Annual report of the Punjab Veterinary College and of the Civil Veterinary Department, Punjab - 1926-1932
Year: 1926
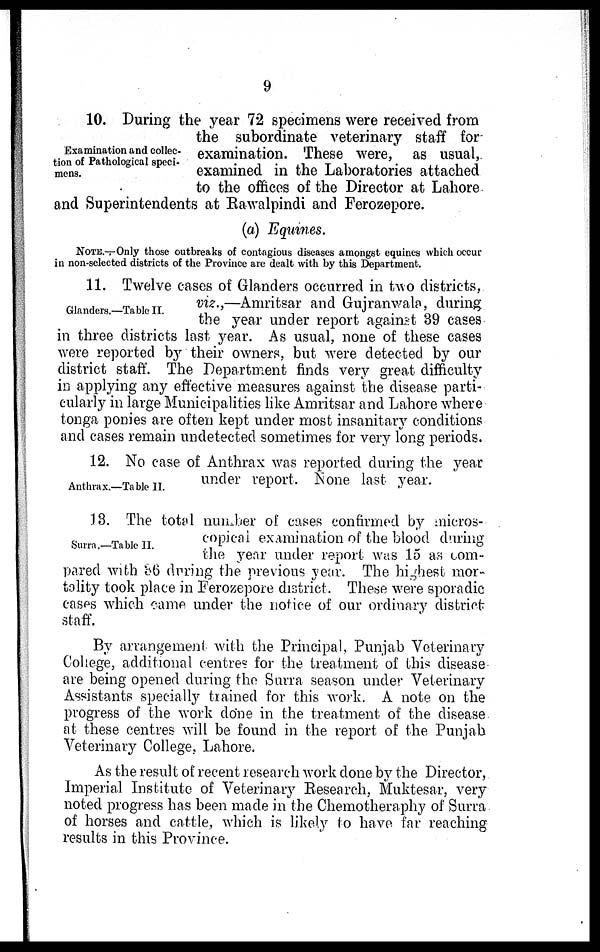
9
Examination and collec-
tion of Pathological speci-
mens.
10. During the year 72 specimens were received from
the subordinate veterinary staff for
examination. These were, as usual,
examined in the Laboratories attached
to the offices of the Director at Lahore
and Superintendents at Rawalpindi and Ferozepore.
(a) Equines.
NOTE.—Only those outbreaks of contagious diseases amongst equines which occur
in non-selected districts of the Province are dealt with by this Department.
Glanders.—Table II.
11. Twelve cases of Glanders occurred in two districts,
viz.,—Amritsar and Gujranwala, during
the year under report against 39 cases
in three districts last year. As usual, none of these cases
were reported by their owners, but were detected by our
district staff. The Department finds very great difficulty
in applying any effective measures against the disease parti-
cularly in large Municipalities like Amritsar and Lahore where
tonga ponies are often kept under most insanitary conditions
and cases remain undetected sometimes for very long periods.
Anthrax.—Table II.
12. No case of Anthrax was reported during the year
under report. None last year.
Surra.—Table II.
13. The total number of cases confirmed by micros-
copical examination of the blood during
the year under report was 15 as com-
pared with 36 during the previous year. The highest mor-
tality took place in Ferozepore district. These were sporadic
cases which came under the notice of our ordinary district
staff.
By arrangement with the Principal, Punjab Veterinary
College, additional centres for the treatment of this disease
are being opened during the Surra season under Veterinary
Assistants specialty trained for this work. A note on the
progress of the work done in the treatment of the disease
at these centres will be found in the report of the Punjab
Veterinary College, Lahore.
As the result of recent research work done by the Director,
Imperial Institute of Veterinary Research, Muktesar, very
noted progress has been made in the Chemotheraphy of Surra
of horses and cattle, which is likely to have far reaching
results in this Province.